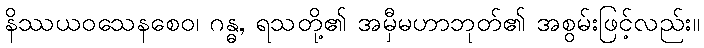
နိဿယဝသေနစေဝ၊ ဂန္ဓ, ရသတို့၏ အမှီမဟာဘုတ်၏ အစွမ်းဖြင့်လည်း။